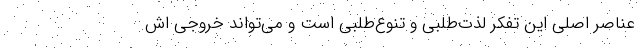
عناصر اصلی این تفکر لذت‌طلبی و تنوع‌طلبی است و می‌تواند خروجی اش